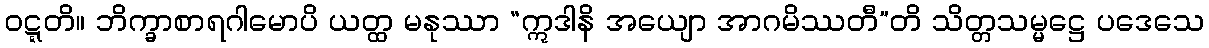
ဝဋ္ဋတိ။ ဘိက္ခာစာရဂါမောပိ ယတ္ထ မနုဿာ “ဣဒါနိ အယျော အာဂမိဿတီ”တိ သိတ္တသမ္မဋ္ဌေ ပဒေသေ